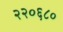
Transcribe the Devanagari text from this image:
२२०६८०